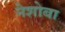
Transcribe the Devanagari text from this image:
नेशोबा